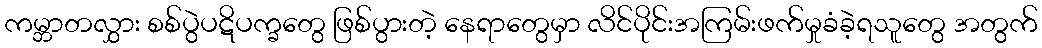
ကမ္ဘာတလွှား စစ်ပွဲပဋိပက္ခတွေ ဖြစ်ပွားတဲ့ နေရာတွေမှာ လိင်ပိုင်းအကြမ်းဖက်မှုခံခဲ့ရသူတွေ အတွက်